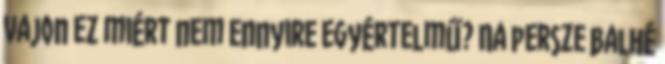
vajon ez miért nem ennyire egyértelmű? Na persze balhé